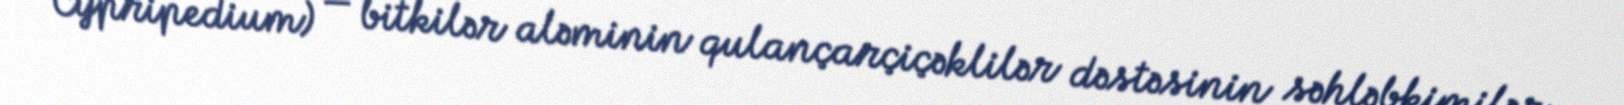
Cypripedium) — bitkilər aləminin qulançarçiçəklilər dəstəsinin səhləbkimilər